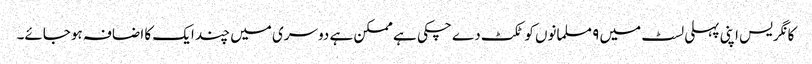
کانگریس اپنی پہلی لسٹ میں ۹ مسلمانوں کو ٹکٹ دے چکی ہے ممکن ہے دوسری میں چند ایک کا اضافہ ہوجائے۔